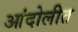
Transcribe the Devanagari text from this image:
आंदोलीत